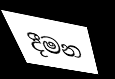
දීමන